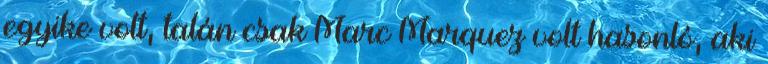
egyike volt, talán csak Marc Marquez volt hasonló, aki